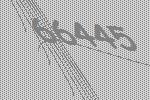
66445